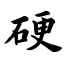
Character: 硬